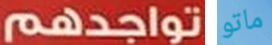
تواجدهم ماتو